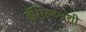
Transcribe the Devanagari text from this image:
हॅमिल्टनशी